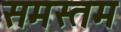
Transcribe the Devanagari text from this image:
समस्तम